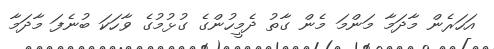
އަހަރެން މާދަމާ މަންމަ މެން ގާތު ދެމީހުންގެ ގުޅުމުގެ ވާހަކަ ބުނެފަ މާދަމާ